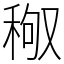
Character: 䅓